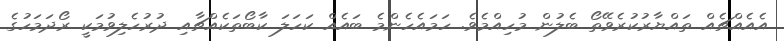
އެއެއްޗެއް ތައްޔާރުކުރެވޭތޯ ބެލުން މުހިއްމެވެ. ހަމައެހެންމެ ބައެއް ކަހަލަ ކާބޯތަކެއްޗާއި ދުރުހެލިވުމަކީ ރޯދަމަހުގެ